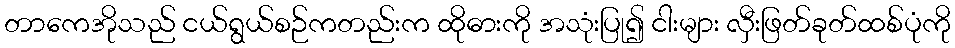
တာကေအိုသည် ငယ်ရွယ်စဉ်ကတည်းက ထိုဓားကို အသုံးပြု၍ ငါးများ လှီးဖြတ်ခုတ်ထစ်ပုံကို